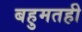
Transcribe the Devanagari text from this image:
बहुमतही